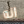
انه